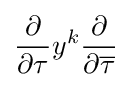
{\frac {\partial }{\partial \tau }}y^{k}{\frac {\partial }{\partial {\overline {\tau }}}}